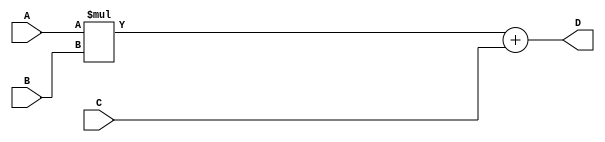
module FusedMultiplyAdd (
    input [31:0] A,
    input [31:0] B,
    input [31:0] C,
    output reg [31:0] D
);

reg [31:0] intermediate_result;

// Multiplication block
assign intermediate_result = A * B;

// Addition block
always @* begin
    D = intermediate_result + C;
end

endmodule